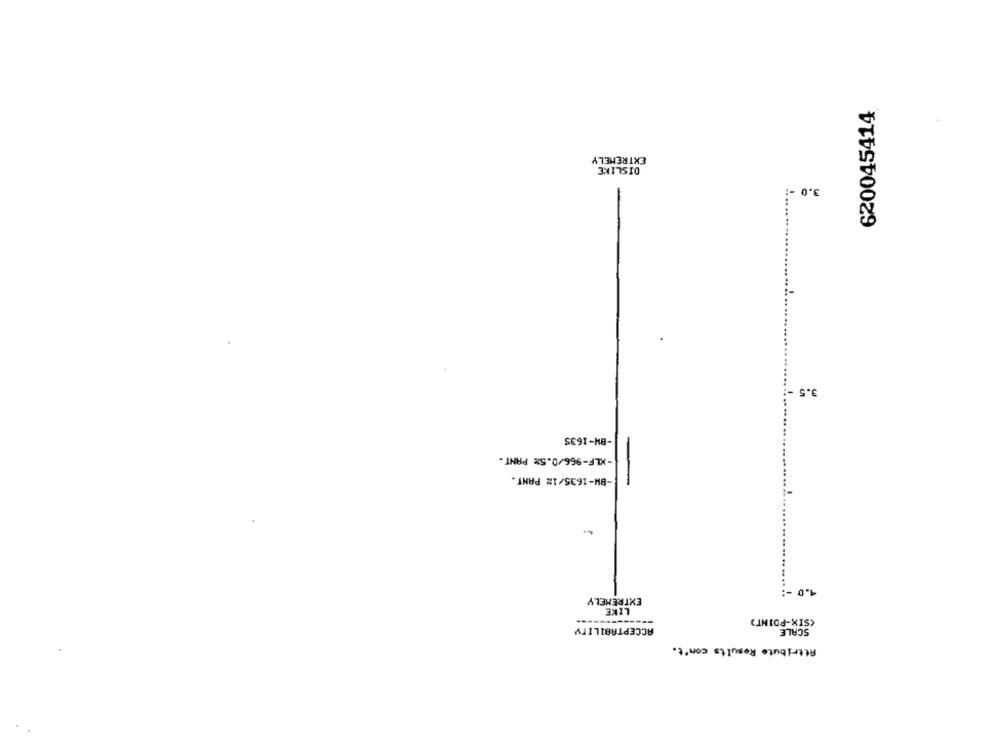
620045414
EXTREMELY
DISLIKE
3.0 -
3.5 -
-BH-1635
-XLF-966/0.5% PANT.
-BW-1635/12 PANT.
-
1.0 -
EXTREMELY
LIKE
(SIX-POINT)
ACCEPTABILITY
SCALE
Attribute Results con't.